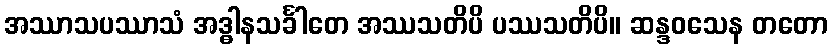
အဿာသပဿာသံ အဒ္ဓါနသင်္ခါတေ အဿသတိပိ ပဿသတိပိ။ ဆန္ဒဝသေန တတော